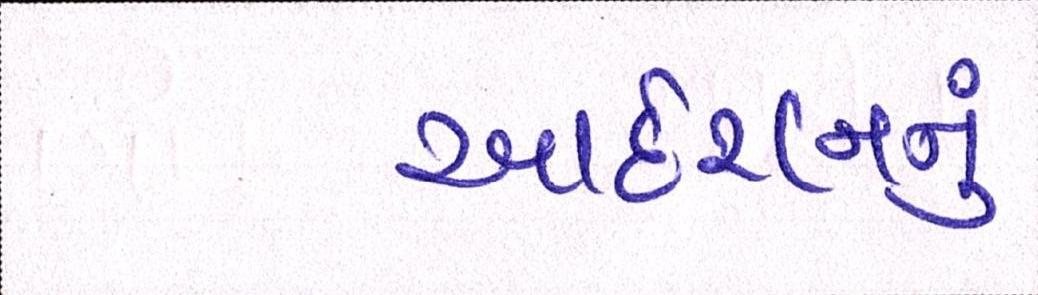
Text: આદેશનનું